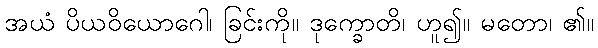
အယံ ပိယဝိယောဂေါ၊ ခြင်းကို။ ဒုက္ခောတိ၊ ဟူ၍။ မတော၊ ၏။